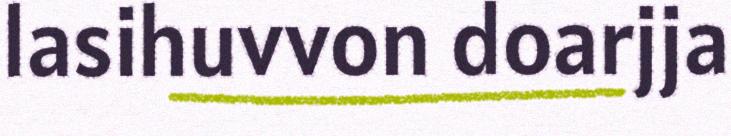
lasihuvvon doarjja